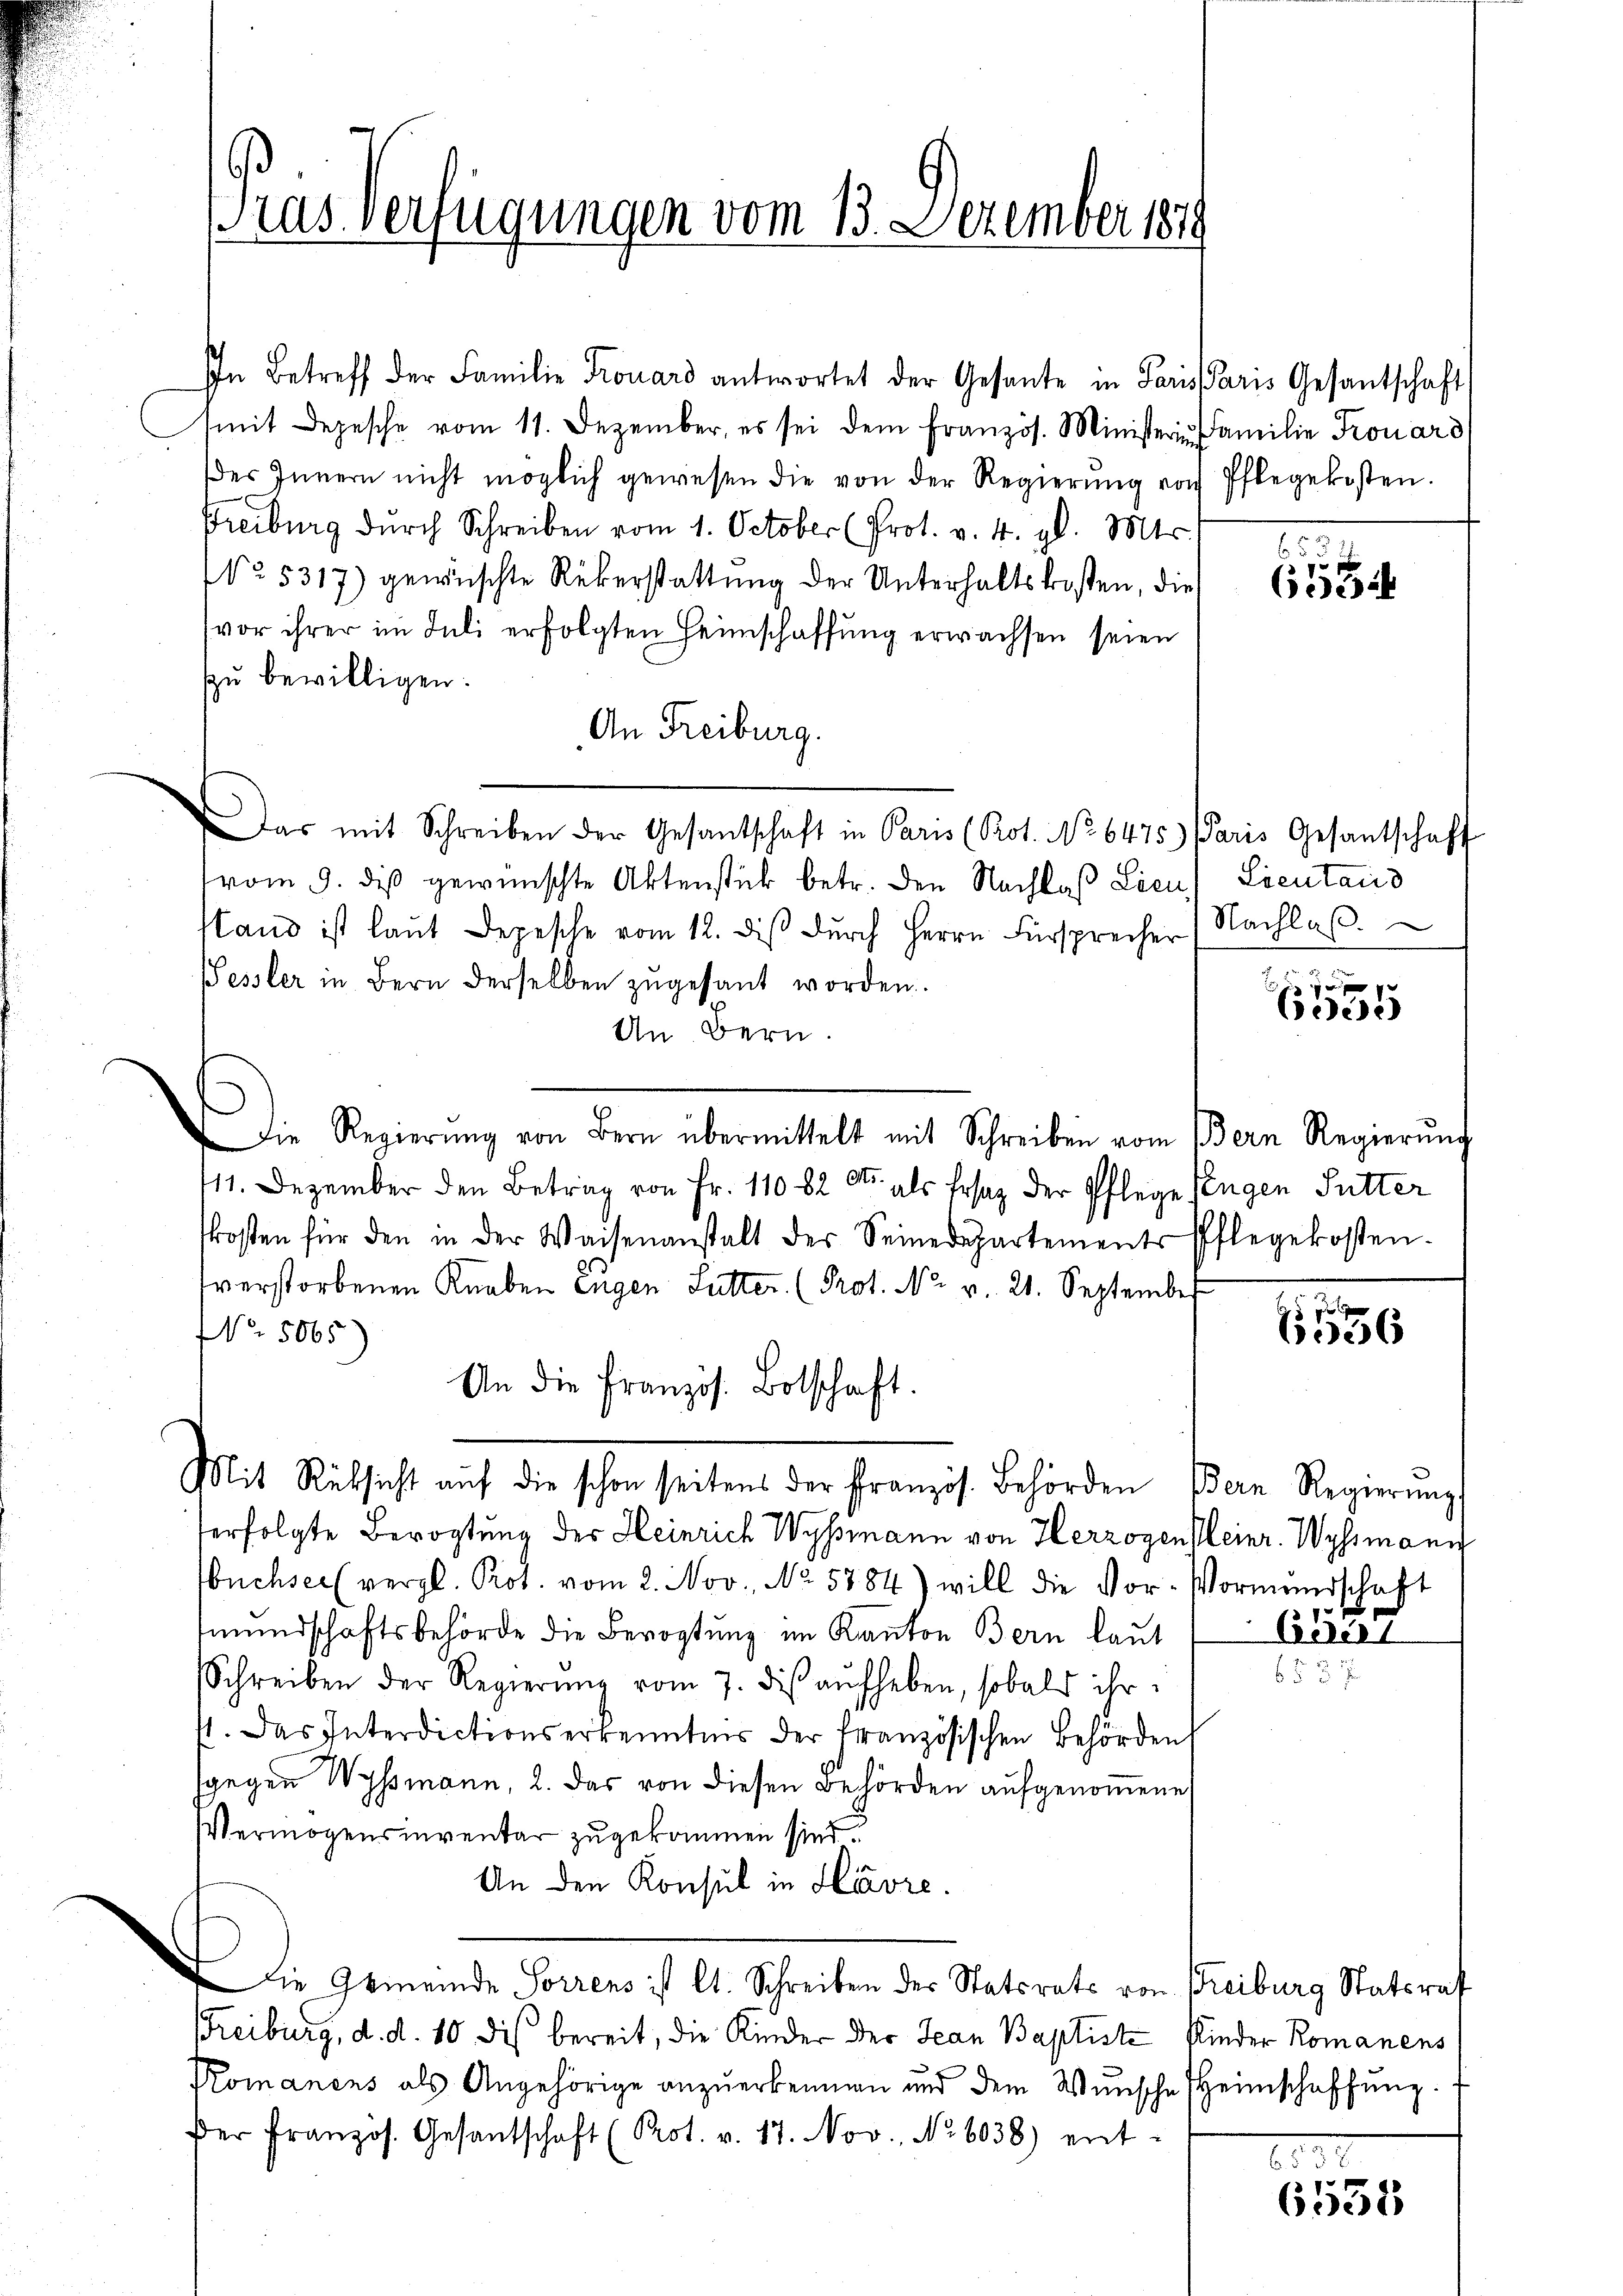
Pras Verfügungen vom 13. Dezember 1879

In Betreff der Familie Frouard antwortet der Gesante in Parissaris Gesantschaft
mit Depesche vom 11. Dezember, es sei dem Französ. Ministerin Familie Trouard
des Innern nicht möglich gewesen die von der Regierŭng von Pflegekosten.
Freiburg durch Schreiben vom 1. October (Prot. v. 4. gl. Mts.
No. 5317) gewischte Rükerstattung der Unterhaltskosten, die
vor ihrer im Juli erfolgten Heimschaffung erwachsen seien
zu bewilligen.
An Freiburg.
Das mit Schreiben der Gesantschaft in Paris (Rot. No 6475) Paris Gesantschaft
vom 9. des gewünschte Aktenstück betr. den Nachlaß Licu) Lientanis
Stand ist laŭt Depesche vom 12. diβ dŭrch Herrn Fürsprecher (Nachlaβ.
Pessler in Bern derselben zŭgesant worden.
An Bern.
Die Regierŭng von Bern übermittelt mit Schreiben vom Bern Regierŭng
111. Dezember den Betrag von Fr. 11082 Cts. als Ersatz der Pflege Tugen Futter
kosten für den in der Waisenanstalt der Seinedepartements Pflegekosten-
tverstorbenen Knaben Eugen Sutter (Prot. No. v. 21. September
No. 5065
An die Französ. Botschaft.
Mit Rücksicht aŭf die schon seitens der französ. Behörden Bern Regierŭng
ferfolgte Bevogtung der Heinrich Wyssmann von Herzogen Heinr. Wyssmann
büchser (vergl. Prot. vom 2. Nov., No. 5784) will die Vor-Vormundschaft
mundschaftsbehörde die Bevogtung im Kanton Bern laut
Schreiben der Regierŭng vom 7. diβ aŭfheben, sobald ihr
4. Das Interdictionserkenntnis der französischen Behörden
sgegen Wyssmann, 2. Das von diesen Behörden aufgenommene
Vermögensinventar zugekommen sind
An den Konsul in Havre.
Die Gemeinde Sorrens ist lt. Schreiben der Statsrats von Freiburg Statsrat
Freiburg, d. d. 10 des bereit, die Kinder der Jean Baptiste Kinder Romanens
Komanens als Angehörige anzuerkennen und dem Wunsche Heimschaffung.
der französ. Gesantschaft (Prot. v. 17. Nov., No 6038) ent-

s
3
6534

Cede

.
.26

Eberl

8.50

6558